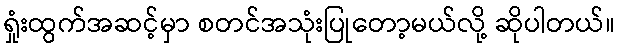
ရှုံးထွက်အဆင့်မှာ စတင်အသုံးပြုတော့မယ်လို့ ဆိုပါတယ်။